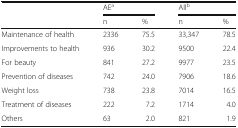
| <ROWSPAN=2>  | <COLSPAN=2> AEa | <COLSPAN=2> Allb |
 | n | % | n | % |
 | --- | --- | --- | --- | --- |
 | Maintenance of health | 2336 | 75.5 | 33,347 | 78.5 |
 | Improvements to health | 936 | 30.2 | 9500 | 22.4 |
 | For beauty | 841 | 27.2 | 9977 | 23.5 |
 | Prevention of diseases | 742 | 24.0 | 7906 | 18.6 |
 | Weight loss | 738 | 23.8 | 7014 | 16.5 |
 | Treatment of diseases | 222 | 7.2 | 1714 | 4.0 |
 | Others | 63 | 2.0 | 821 | 1.9 |